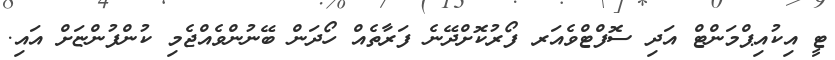
ޓީ އިކުއިޕްމަންޓް އަދި ސޮފްޓްވެއަރ ފޯރުކޮށްދޭނެ ފަރާތެއް ހޯދަން ބޭނުންވެއްޖެމި ކުންފުންޏަށް އައި.